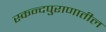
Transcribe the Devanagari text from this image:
स्कन्दपुराणातील